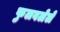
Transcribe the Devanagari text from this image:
फुलवलेले